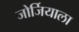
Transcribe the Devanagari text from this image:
जोर्जियाला